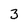
Character: 3